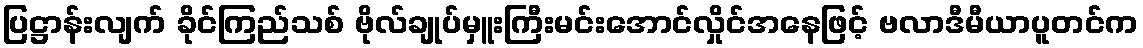
ပြဋ္ဌာန်းလျက် ခိုင်ကြည်သစ် ဗိုလ်ချုပ်မှူးကြီးမင်းအောင်လှိုင်အနေဖြင့် ဗလာဒီမီယာပူတင်က